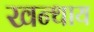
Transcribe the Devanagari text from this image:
खन्थाय